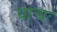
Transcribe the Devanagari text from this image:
वाचः